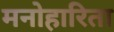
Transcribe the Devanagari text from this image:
मनोहारिता